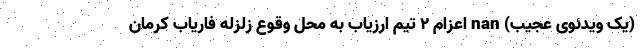
(یک ویدئوی عجیب) nan اعزام ۲ تیم ارزیاب به محل وقوع زلزله فاریاب کرمان